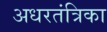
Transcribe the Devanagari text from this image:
अधरतंत्रिका